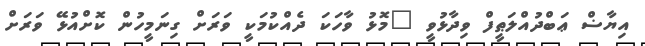
އިޔާޟް ޢަބްދުއްލަޠީފް ވިދާޅުވީ "މޮޅު ވާހަކަ ދެއްކުމަކީ ވަރަށް ގިނަމީހުން ކޮށްއުޅޭ ވަރަށް